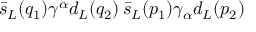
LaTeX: \bar { s } _ { L } ( q _ { 1 } ) \gamma ^ { \alpha } d _ { L } ( q _ { 2 } ) \, \bar { s } _ { L } ( p _ { 1 } ) \gamma _ { \alpha } d _ { L } ( p _ { 2 } )